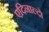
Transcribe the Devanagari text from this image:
एदिनाल्दो